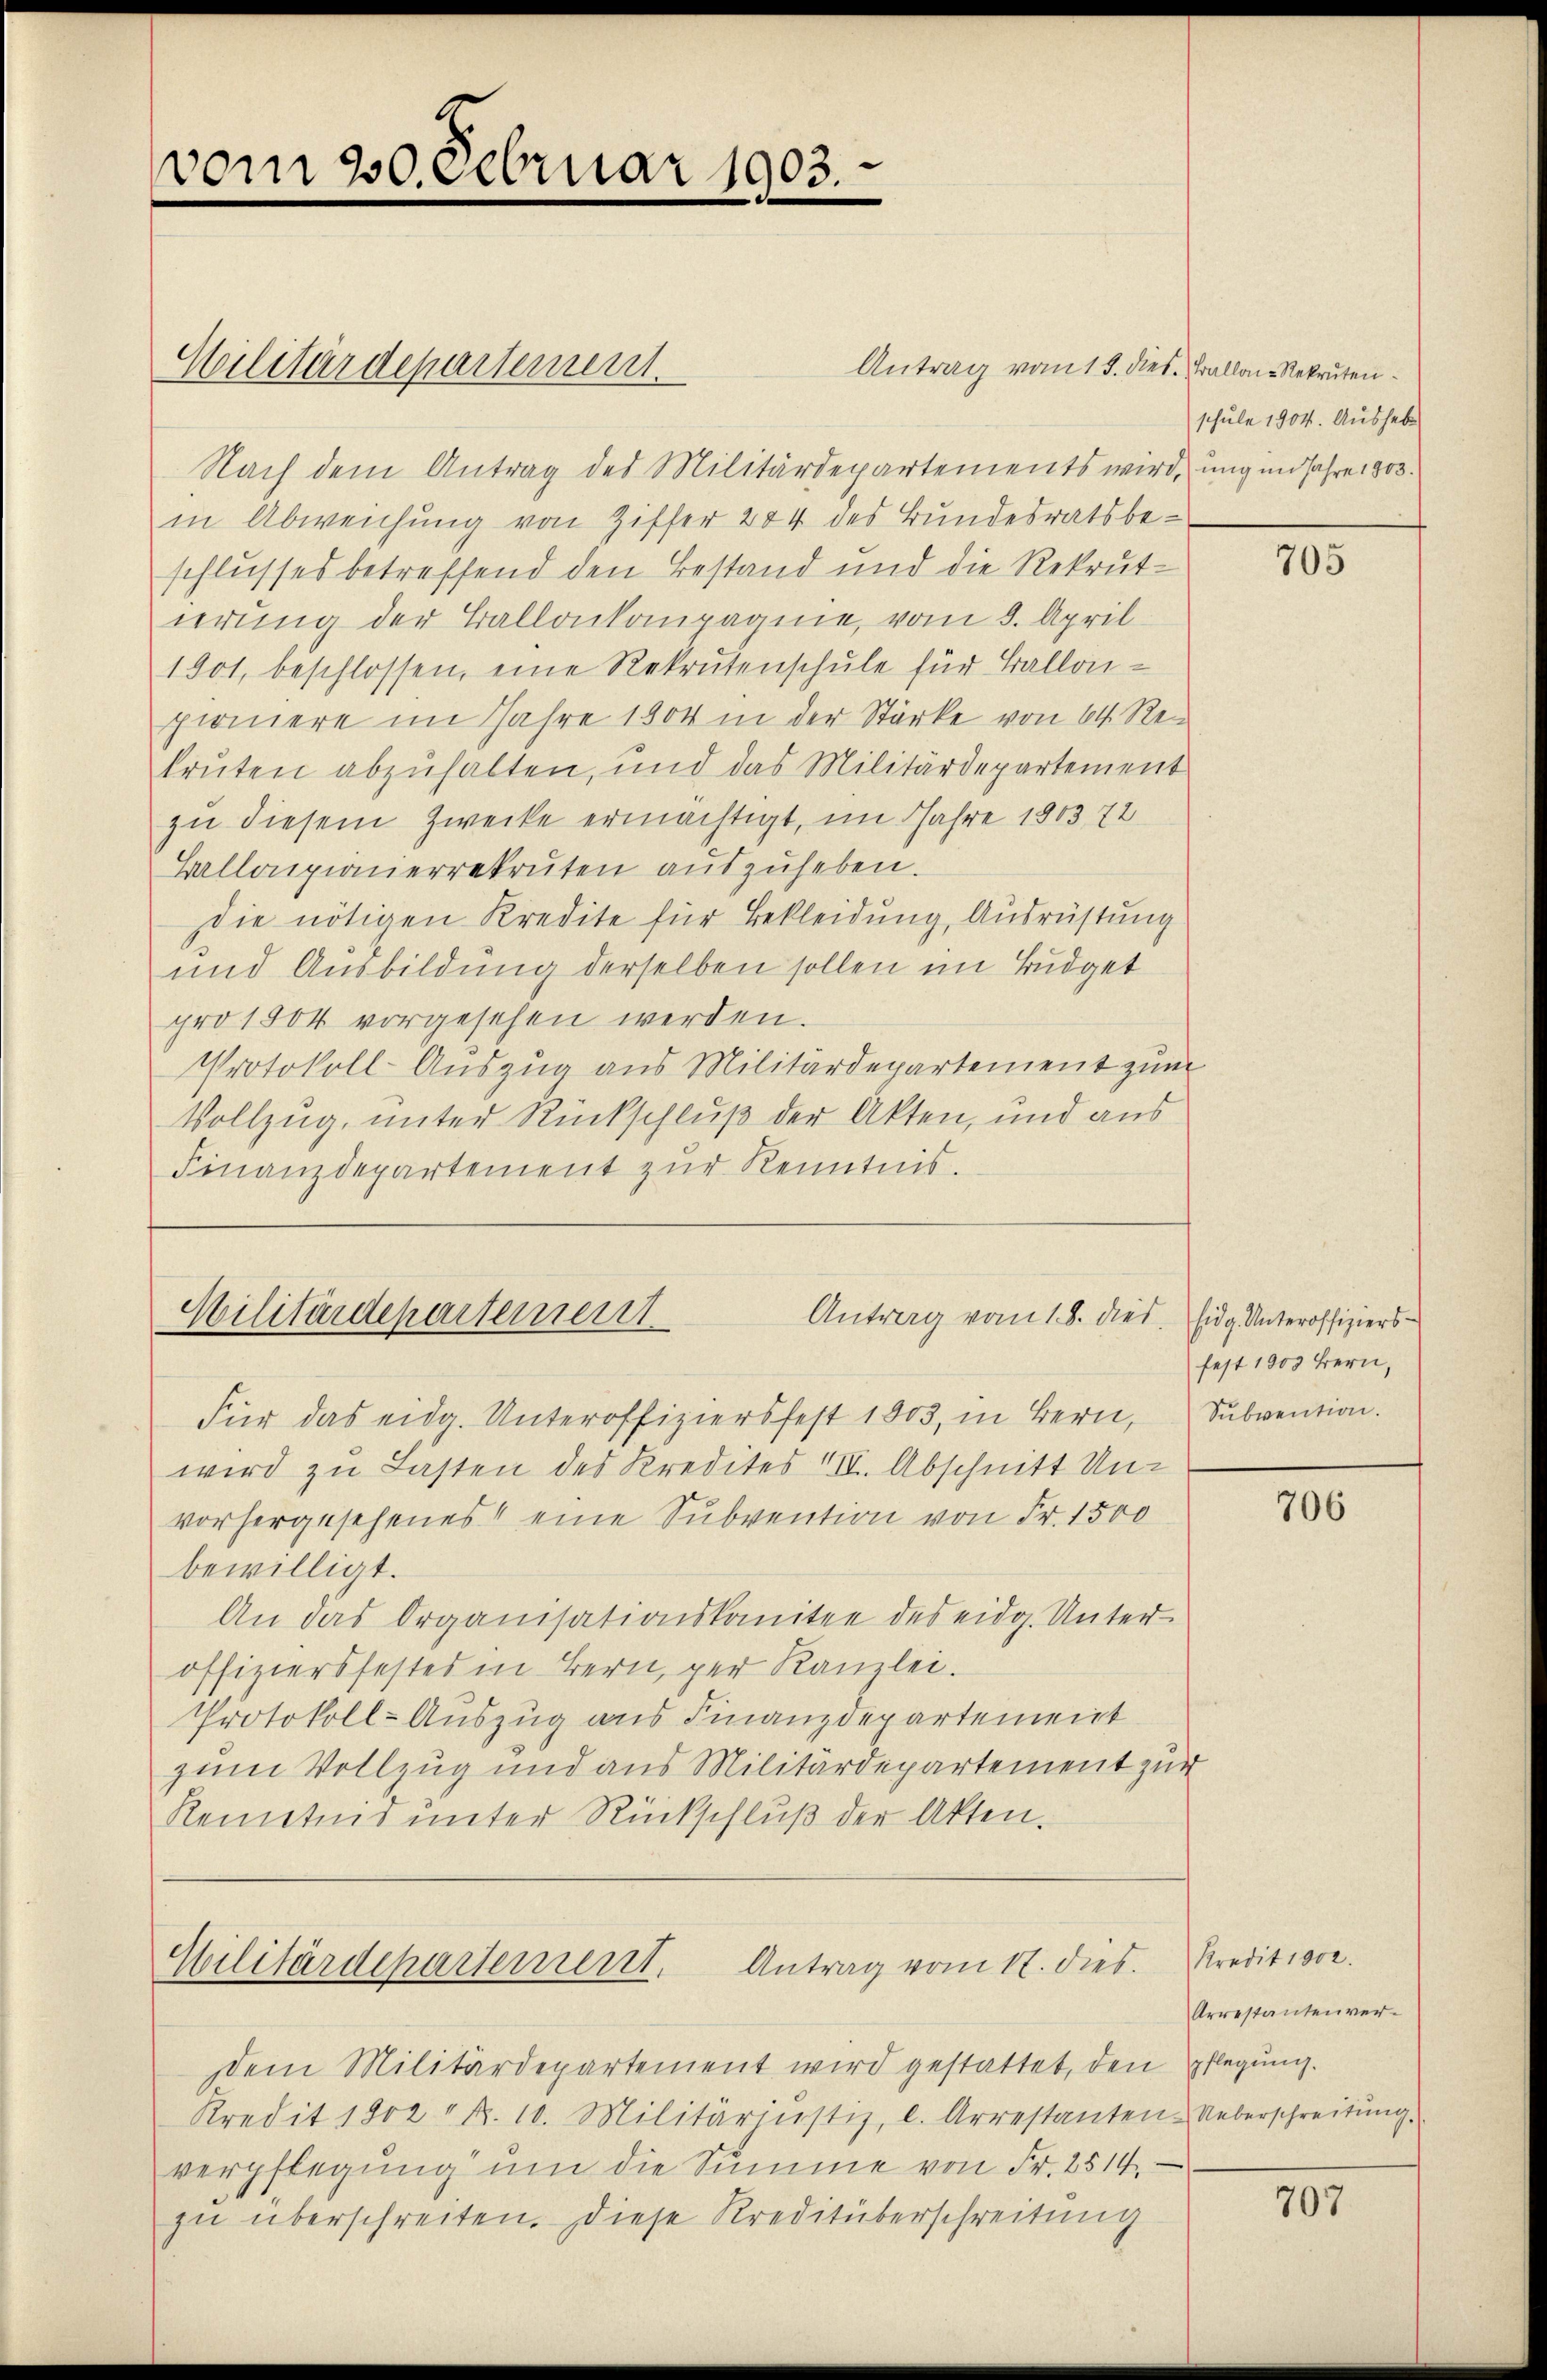
vom 20. Februar 1903.

Nach dem Antrag des Militärdepartements wird, ungen Jahre 1803.
in Abweichung von Ziffer 284 des Bundesratsbeschlusses betreffend den Bestand und die Rekrutierung der Ballonkompagnie, vom 9. April
1901, beschlossen, eine Rekrutenschule für Ballon-
pioniere im Jahre 1804 in der Stärke von 64. Rei
kruten abzuhalten, und das Militärdepartement
zu diesem Zwecke ermächtigt, im Jahre 1803, 72
Ballapiauerrekruten auszuheben.
die nötigen Kredite für Bekleidung, Ausrüstung
und Ausbildung derselben sollen im Budget
pro 1804 vorgesehen werden.
Protokoll-Auszug aus Militärdepartement zum
Vollzug, unter Rückschluß der Akten, und aus
Finanzdepartement zŭr Kenntnis.

Militärdepartement.

Antrag vom 15. dies. Ballen Rekruten¬

Militärdepartement
Antrag vom 18. dies. Eidg. Unteroffizierss

Militärdepartement. Antrag vom 17. dies. Kredition.

Dem Militärdepartement wird gestattet, den pflegung.
Kredit 1802 R. 10. Militäriŭstiz, l. Arrestanten-Ueberschreitung.
verpflegung um die Summe von Fr. 2514.
zu überschreiten. Diese Kreditüberschreitung

schule 1904. Aushebe

Für das eidg. Unteroffiziersfest 1803, in Bern, Subvention.
wird zu Lasten des Kredites III. Abschnitt Unvorhergesehenes eine Subvention von Fr. 1500
bewilligt.
An das Organisationskomitee des eidg. Unter
offiziersfestes in Bern, per Kanzlei.
Protokoll-Auszug aus Finanzdepartement
zum Vollzug und aus Militärdepartement zur
Renntend unter Rückschluß der Akten.

705

fest 1900 Bern,

706

Arrestantenver¬

707